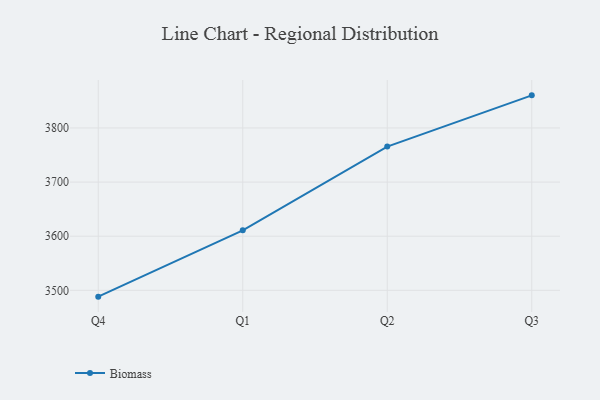
{"axis": {"x": "Quarter", "y": "Net Income (USD K)"}, "legend": ["Biomass"], "data": [{"x": "Q4", "y": 3488.3, "type": "Biomass"}, {"x": "Q1", "y": 3610.8, "type": "Biomass"}, {"x": "Q2", "y": 3765.6, "type": "Biomass"}, {"x": "Q3", "y": 3860.3, "type": "Biomass"}]}